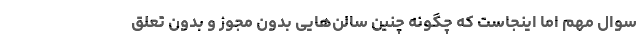
سوال مهم اما اینجاست که چگونه چنین سالن‌هایی بدون مجوز و بدون تعلق